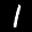
Label: 1